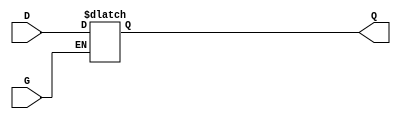
module gated_latch (
    input wire D,  // Data input
    input wire G,  // Gate control signal
    output reg Q   // Output
);

// Always block triggered by changes in G or D
always @(*) begin
    if (G) begin
        // When G is HIGH, Q follows D
        Q = D;
    end
    // When G is LOW, Q retains its last value
end

endmodule